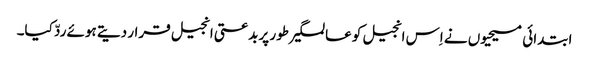
ابتدائی مسیحیوں نے اِس انجیل کو عالمگیر طور پر بدعتی انجیل قرار دیتے ہوئے ردّ کیا۔